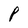
Character: P